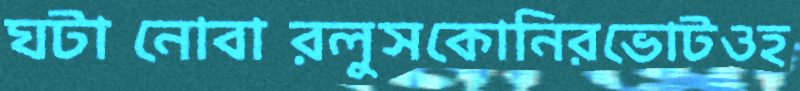
ঘটানোবারলুসকোনিরভোটওহ